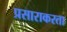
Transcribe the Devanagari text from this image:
प्रसाराकरता